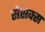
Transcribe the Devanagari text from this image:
सेसक्स